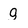
Character: g